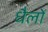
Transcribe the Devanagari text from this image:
धैलों